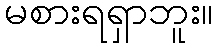
မစားရရှာဘူး။